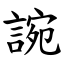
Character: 䛷